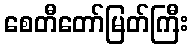
စေတီတော်မြတ်ကြီး